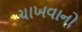
ચાખવાનો